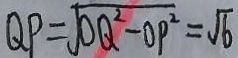
Q P = \sqrt { O Q ^ { 2 } - O P ^ { 2 } } = \sqrt { 6 }